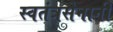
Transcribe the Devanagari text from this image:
स्वतंत्रसेनानी